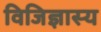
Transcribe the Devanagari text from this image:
विजिज्ञास्य